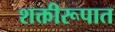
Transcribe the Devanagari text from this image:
शक्तीरूपात